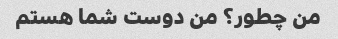
من چطور؟ من دوست شما هستم